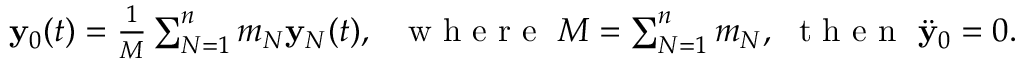
\begin{array} { r } { { \bf y } _ { 0 } ( t ) = \frac 1 M \sum _ { N = 1 } ^ { n } m _ { N } { \bf y } _ { N } ( t ) , ~ ~ \mathrm { ~ w ~ h ~ e ~ r ~ e ~ } ~ M = \sum _ { N = 1 } ^ { n } m _ { N } , ~ \mathrm { ~ t ~ h ~ e ~ n ~ } ~ \ddot { \bf y } _ { 0 } = 0 . } \end{array}